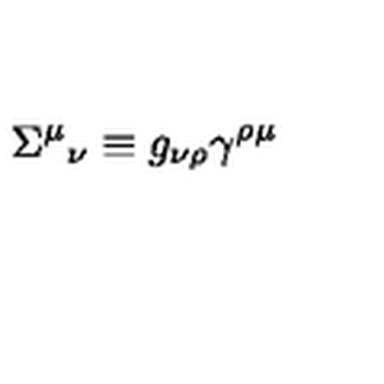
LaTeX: \Sigma ^ { \mu } { } _ { \nu } \equiv g _ { \nu \rho } \gamma ^ { \rho \mu }